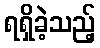
ရရှိခဲ့သည့်